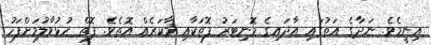
އިނީމެވެ. ނަދާގެ އަތުގައި އާދައިގެ މޮނިޓަރު ފޮތަކާއި މާކަރެއް އޮތެވެ. ފޮތް ހުޅުވާލުމަށްފަހު